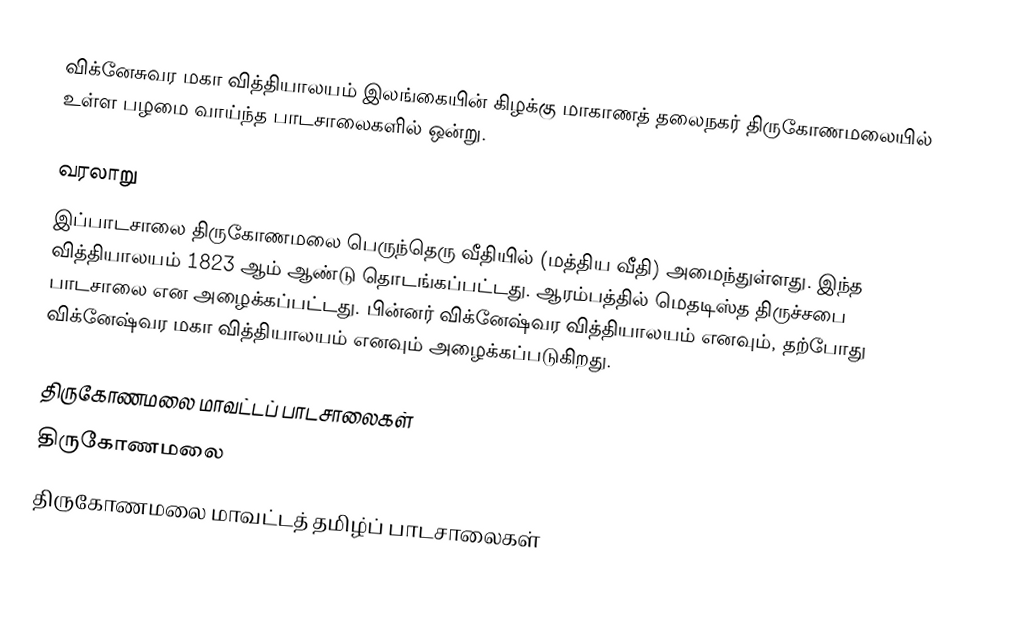
விக்னேசுவர மகா வித்தியாலயம் இலங்கையின் கிழக்கு மாகாணத் தலைநகர் திருகோணமலையில் உள்ள பழமை வாய்ந்த பாடசாலைகளில் ஒன்று.

வரலாறு
இப்பாடசாலை திருகோணமலை  பெருந்தெரு வீதியில் (மத்திய வீதி) அமைந்துள்ளது. இந்த வித்தியாலயம் 1823 ஆம் ஆண்டு தொடங்கப்பட்டது. ஆரம்பத்தில் மெதடிஸ்த திருச்சபை பாடசாலை என அழைக்கப்பட்டது. பின்னர் விக்னேஷ்வர வித்தியாலயம் எனவும், தற்போது  விக்னேஷ்வர மகா வித்தியாலயம் எனவும் அழைக்கப்படுகிறது.

திருகோணமலை மாவட்டப் பாடசாலைகள்
திருகோணமலை
திருகோணமலை மாவட்டத் தமிழ்ப் பாடசாலைகள்